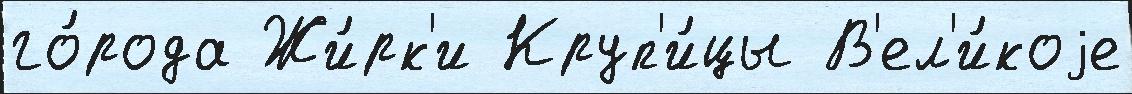
го́рода Жи́рк'и Круп'и́цы В'ел'и́коjе